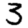
Digit: 3